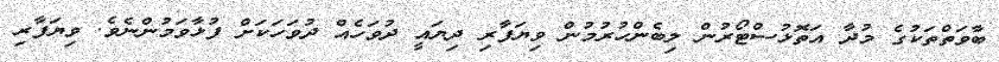
ބާވަތްތަކުގެ މުދާ އަތޮޅުސްޓޯރުން ލިބެންހުރުމުން ވިޔަފާރި ދިޔައީ ދުވަހެއް ދުވަހަކަށް ފުޅާވަމުންނެވެ. ވިޔަފާރި